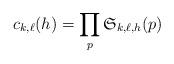
LaTeX: \begin{align*} c_{k,\ell}(h) = \prod_{p} \mathfrak{S}_{k,\ell,h}(p) \end{align*}